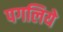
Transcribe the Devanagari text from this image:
पगलिये